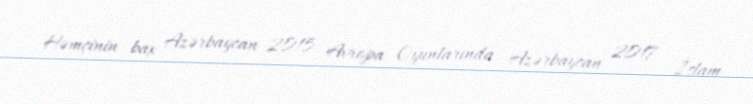
Həmçinin bax Azərbaycan 2015 Avropa Oyunlarında Azərbaycan 2017 İslam